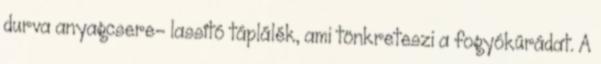
durva anyagcsere- lassító táplálék, ami tönkreteszi a fogyókúrádat. A